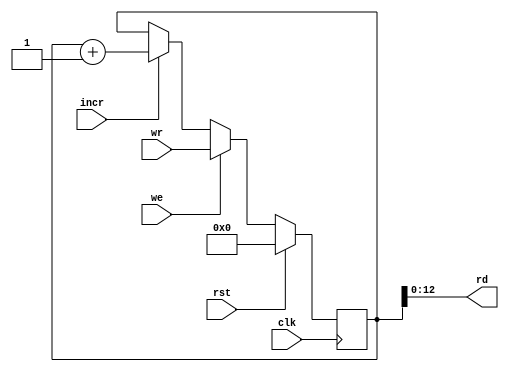
module smr_reg(clk, rst, we, incr, wr, rd);

	// Parameter Definitions

	parameter width = 'd16; // Register Width
	parameter add_width = 'd13; // Addressing Width, cannot be larger than the Data Width

	// Inputs

	input wire clk /* System Clock Input */, rst /* System Reset. Resets memory contents. */; // Management Interfaces
	input wire we /* Register Write Enable */, incr /* Increment contents */; // Control Interfaces
	input wire [width-1:0] wr /* Write Port */;

	// Outputs

	output wire [add_width-1:0] rd /* Read Port to A Bus */;

	// Internal

	reg [width-1:0] mem /* Register Memory */;

	// Read Logic

	assign rd [add_width-1:0] = mem [add_width-1:0];

	// Memory Write Block

	always@(posedge clk) begin
		if(rst) mem [width-1:0] <= {width{1'b0}}; // Resets the contents of memory if rst is true.
		else if(we) mem [width-1:0] <= wr [width-1:0]; // Writes the value at wr to memory if we is true.
		else if(incr) mem [width-1:0] <= mem [width-1:0] + 1'b1; // Increment Memory contents.
	end

endmodule